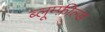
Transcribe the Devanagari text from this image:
ब्लूम्फ़ील्ड